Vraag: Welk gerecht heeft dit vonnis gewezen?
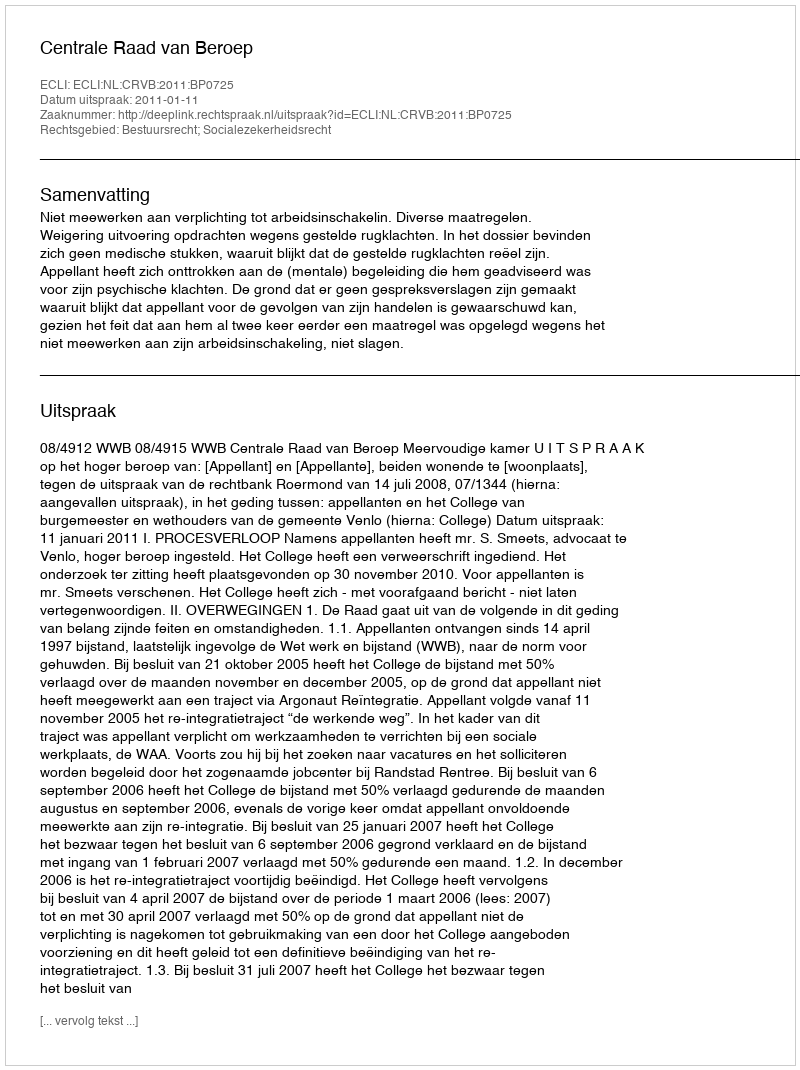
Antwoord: Centrale Raad van Beroep